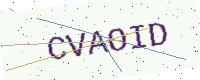
Text: CVAOID